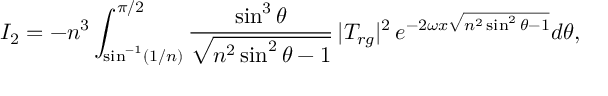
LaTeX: I _ { 2 } = - n ^ { 3 } \int _ { \sin ^ { - 1 } ( 1 / n ) } ^ { \pi / 2 } { \frac { \sin ^ { 3 } \theta } { \sqrt { n ^ { 2 } \sin ^ { 2 } \theta - 1 } } } \, | T _ { r g } | ^ { 2 } \, e ^ { - 2 \omega x \sqrt { n ^ { 2 } \sin ^ { 2 } \theta - 1 } } d \theta ,